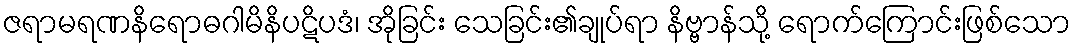
ဇရာမရဏနိရောဓဂါမိနိပဋိပဒံ၊ အိုခြင်း သေခြင်း၏ချုပ်ရာ နိဗ္ဗာန်သို့ ရောက်ကြောင်းဖြစ်သော